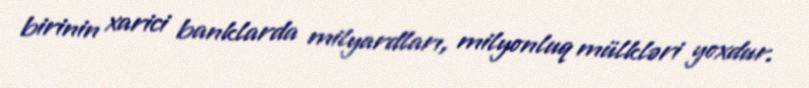
birinin xarici banklarda milyardları, milyonluq mülkləri yoxdur.